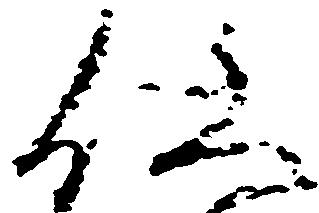
仕